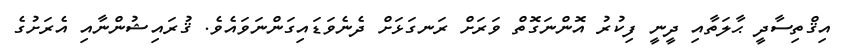
އިޤްތިސާދީ ޙާލަތާއި ދީނީ ފިކުރު އޮންނަގޮތް ވަރަށް ރަނގަޅަށް ދެނެވަޑައިގަންނަވައެވެ. ޤުރައިޝުންނާއި އެރަށުގެ